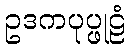
ဥဒကပုပ္ဖုဠံ